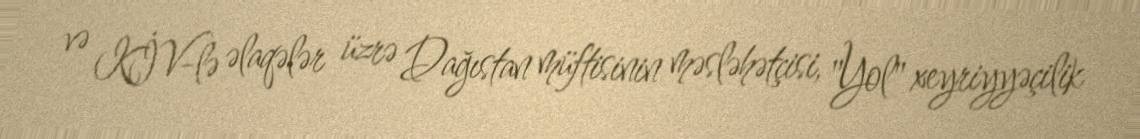
və KİV-lə əlaqələr üzrə Dağıstan müftisinin məsləhətçisi, "Yol" xeyriyyəçilik